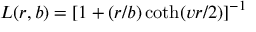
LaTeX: L ( r , b ) = \left[ 1 + ( r / b ) \coth ( v r / 2 ) \right] ^ { - 1 }